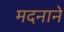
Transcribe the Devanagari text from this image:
मदनाने